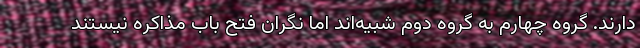
دارند. گروه چهارم به گروه دوم شبیه‌اند اما نگران فتح باب مذاکره نیستند